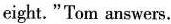
eight."Tom answers.